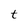
Character: t